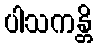
ပါသကန္တိ